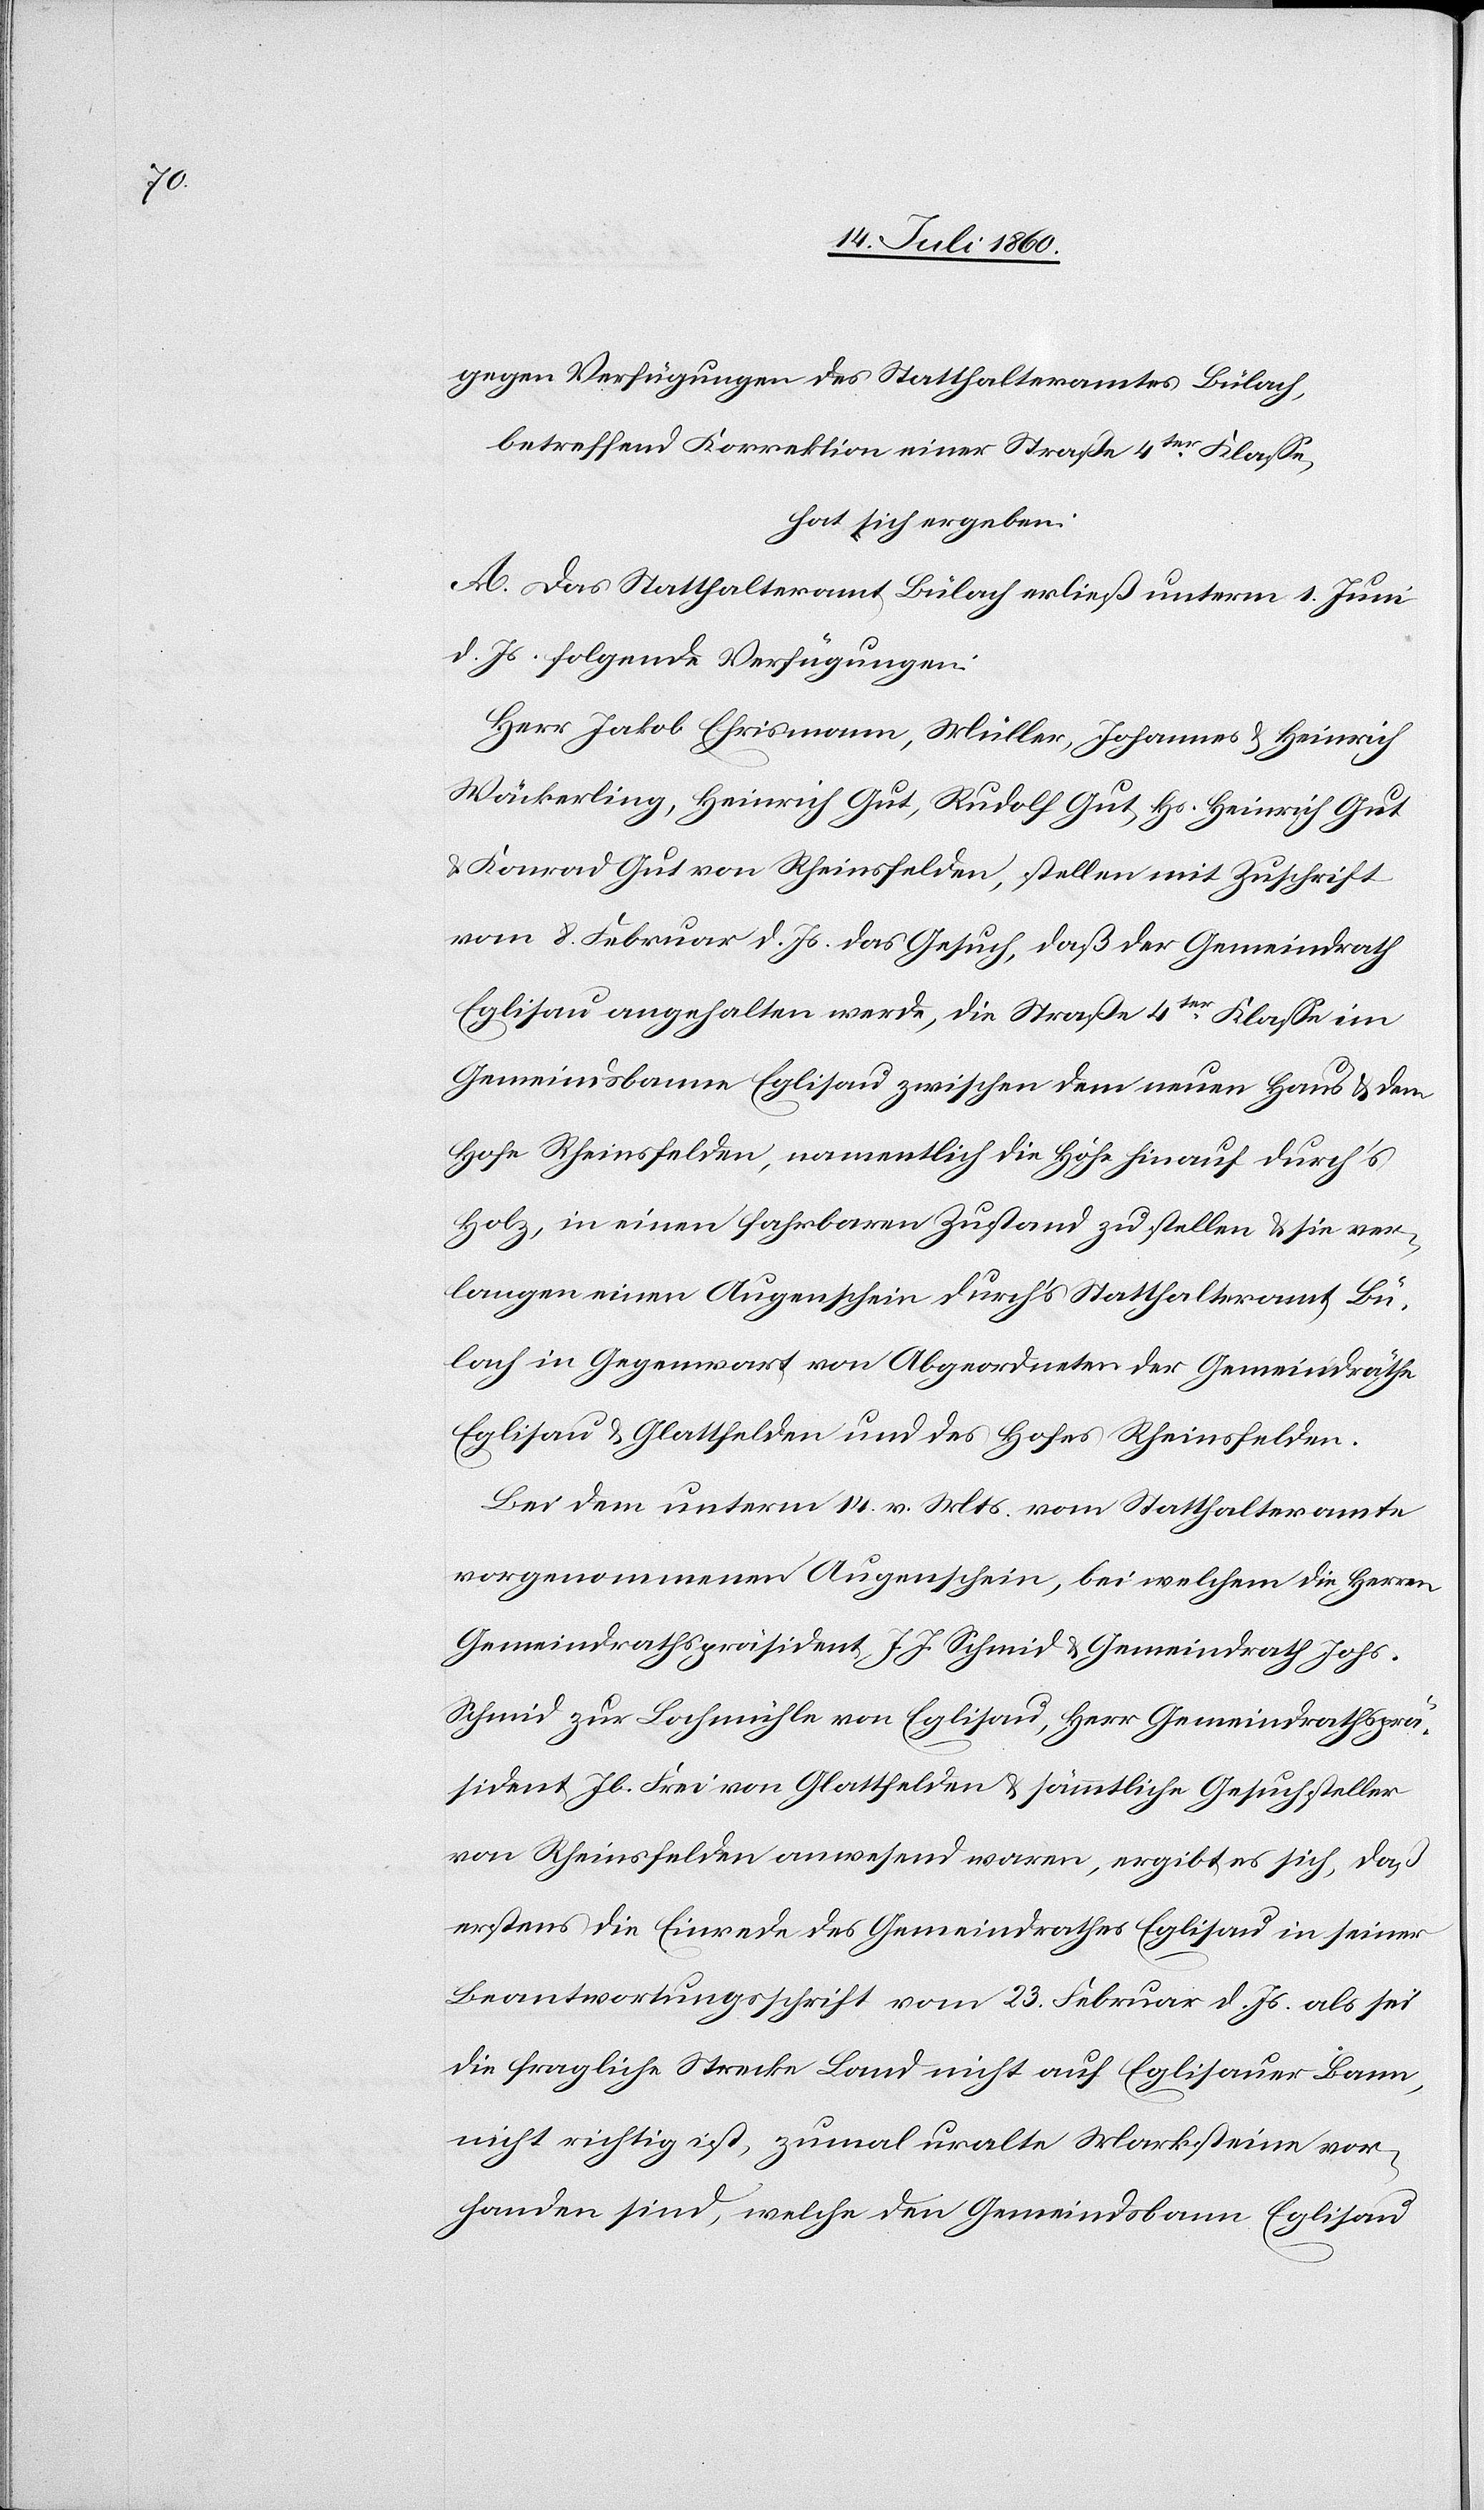
gegen Verfügungen des Statthalteramtes Bülach,
betreffend Korrektion einer Straße 4ter. Klasse,
hat sich ergeben:
A. Das Statthalteramt Bülach erließ unterm 1. Juni
d. Js. folgende Verfügungen:
Herr Jakob Ehrismann, Müller, Johannes & Heinrich
Wäckerling, Heinrich Gut, Rudolf Gut, Hs. Heinrich Gut
& Konrad Gut von Rheinsfelden, stellen mit Zuschrift
vom 8. Februar d. Js. das Gesuch, daß der Gemeindrath
Eglisau angehalten werde, die Straße 4ter. Klasse im
Gemeindsbanne Eglisau zwischen dem neuen Haus & dem
Hofe Rheinsfelden, namentlich die Höhe hinauf durch‘s
Holz, in einen fahrbaren Zustand zu stellen & sie ver¬
langen einen Augenschein durch’s Statthalteramt Bü¬
lach in Gegenwart von Abgeordneten der Gemeindräthe
Eglisau & Glattfelden und des Hofes Rheinsfelden.
Bei dem unterm 14. v. Mts. vom Statthalteramte
vorgenommenen Augenschein, bei welchem die Herren
Gemeindrathspräsident J. J. Schmid & Gemeindrath Johs.
Schmid zur Lochmühle von Eglisau, Herr Gemeindrathsprä¬
sident Jb. Frei von Glattfelden & sämmtliche Gesuchsteller
von Rheinsfelden anwesend waren, ergibt es sich, daß
erstens die Einrede des Gemeindrathes Eglisau in seiner
Beantwortungsschrift vom 23. Februar d. Js. als sei
die fragliche Strecke Land nicht auf Eglisauer Bann,
nicht richtig ist, zumal uralte Marksteine vor¬
handen sind, welche den Gemeindsbann Eglisau